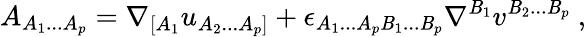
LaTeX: A_{A_{1}...A_{p}}=\nabla_{[A_{1}}u_{A_{2}...A_{p}]}+\epsilon_{A_{1}...A_{p}\mathit{B}_{1}...\mathit{B}_{p}}\nabla^{\mathit{B}_{1}}v^{\mathit{B}_{2}...\mathit{B}_{p}}\ ,